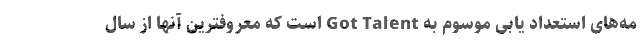
مه‌های استعداد یابی موسوم به Got Talent است که معروفترین آنها از سال